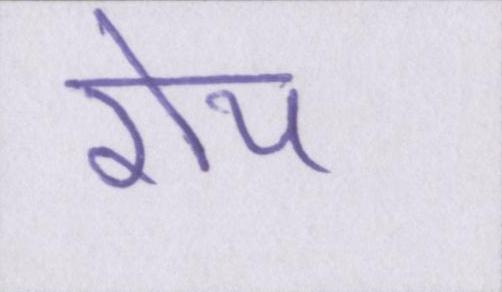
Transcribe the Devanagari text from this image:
रोय